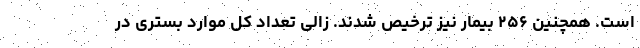
است. همچنین ۲۵۶ بیمار نیز ترخیص شدند. زالی تعداد کل موارد بستری در